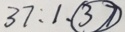
3 7 : 1 . \textcircled { 3 7 }